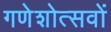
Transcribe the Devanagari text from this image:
गणेशोत्सवों